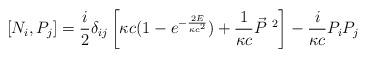
LaTeX: \begin{align*} [N_i, P_j] = \frac{i}{2} \delta_{ij} \left[ \kappa c (1 - e ^{ -\frac{2E}{\kappa c^2} })+ \frac{1}{\kappa c}\vec{P}^{\ 2}\right] - \frac{i}{\kappa c}P_i P _j\end{align*}